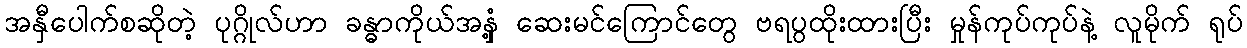
အနှီပေါက်စဆိုတဲ့ ပုဂ္ဂိုလ်ဟာ ခန္ဓာကိုယ်အနှံ့ ဆေးမင်ကြောင်တွေ ဗရပွထိုးထားပြီး မှုန်ကုပ်ကုပ်နဲ့ လူမိုက် ရုပ်